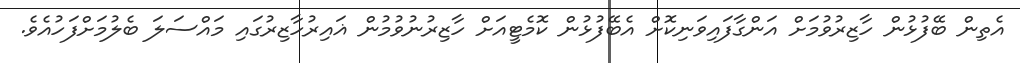
އެތިން ބޭފުޅުން ހާޒިރުވުމަށް އަންގާފައިވަނިކޮށް އެބޭފުޅުން ކޮމެޓީއަށް ހާޒިރުނުވުމުން ޣައިރުހާޒިރުގައި މައްސަލަ ބެލުމަށްފަހުއެވެ.